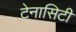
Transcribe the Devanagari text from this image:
टेनासिटी